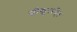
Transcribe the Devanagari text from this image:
सीकुररहित